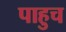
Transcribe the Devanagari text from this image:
पाहुच